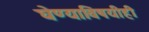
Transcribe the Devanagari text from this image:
घेण्याविषयीही